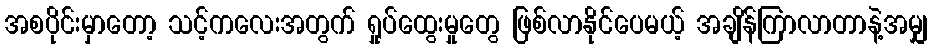
အစပိုင်းမှာတော့ သင့်ကလေးအတွက် ရှုပ်ထွေးမှုတွေ ဖြစ်လာနိုင်ပေမယ့် အချိန်ကြာလာတာနဲ့အမျှ